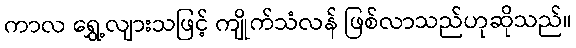
ကာလ ရွှေ့လျားသဖြင့် ကျိုက်သံလန် ဖြစ်လာသည်ဟုဆိုသည်။